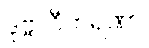
ဒုဗ္ဗလီကရဏာ